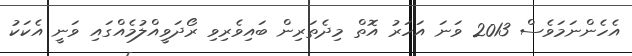
އެހެންނަމަވެސް 2013 ވަނަ އަހަރު އޮތް މިދެތަރިން ބައިވެރިވި ރޯދަވީއްލުމެއްގައި ވަނީ އެކަކު